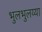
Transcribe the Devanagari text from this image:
भुलभुलय्या